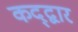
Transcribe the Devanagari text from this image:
कद्द्वार